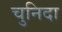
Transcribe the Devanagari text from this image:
चुनिदा